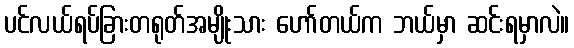
ပင်လယ်ရပ်ခြားတရုတ်အမျိုးသား ဟော်တယ်က ဘယ်မှာ ဆင်းရမှာလဲ။